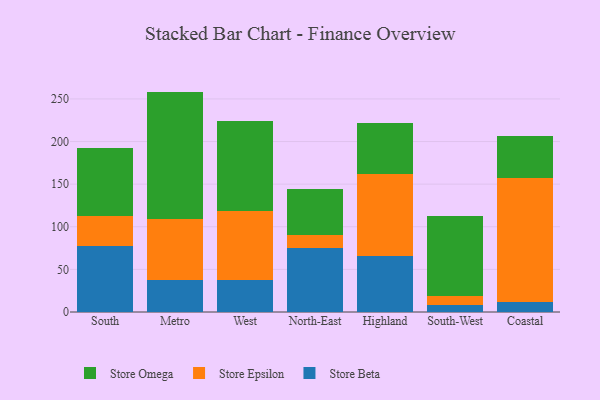
{"axis": {"x": "Region", "y": "Net Income (USD K)"}, "legend": ["Store Beta", "Store Epsilon", "Store Omega"], "data": [{"x": "South", "y": 77.9, "type": "Store Beta"}, {"x": "South", "y": 34.8, "type": "Store Epsilon"}, {"x": "South", "y": 79.7, "type": "Store Omega"}, {"x": "Metro", "y": 37.5, "type": "Store Beta"}, {"x": "Metro", "y": 71.7, "type": "Store Epsilon"}, {"x": "Metro", "y": 149.4, "type": "Store Omega"}, {"x": "West", "y": 37.0, "type": "Store Beta"}, {"x": "West", "y": 81.7, "type": "Store Epsilon"}, {"x": "West", "y": 105.6, "type": "Store Omega"}, {"x": "North-East", "y": 75.0, "type": "Store Beta"}, {"x": "North-East", "y": 15.5, "type": "Store Epsilon"}, {"x": "North-East", "y": 53.6, "type": "Store Omega"}, {"x": "Highland", "y": 65.5, "type": "Store Beta"}, {"x": "Highland", "y": 96.3, "type": "Store Epsilon"}, {"x": "Highland", "y": 59.7, "type": "Store Omega"}, {"x": "South-West", "y": 8.3, "type": "Store Beta"}, {"x": "South-West", "y": 10.1, "type": "Store Epsilon"}, {"x": "South-West", "y": 94.8, "type": "Store Omega"}, {"x": "Coastal", "y": 11.7, "type": "Store Beta"}, {"x": "Coastal", "y": 145.6, "type": "Store Epsilon"}, {"x": "Coastal", "y": 48.7, "type": "Store Omega"}]}